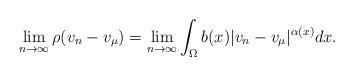
LaTeX: \begin{align*} \lim_{n\rightarrow \infty}\rho(v_n-v_{\mu})= \lim_{n \rightarrow \infty} \int_{\Omega} b(x)|v_n-v_{\mu}|^{\alpha(x)}dx. \end{align*}